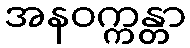
အနဝက္ကန္တာ